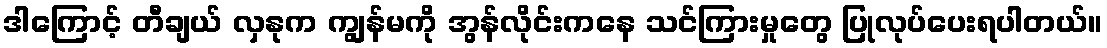
ဒါကြောင့် တီချယ် လှနုက ကျွန်မကို အွန်လိုင်းကနေ သင်ကြားမှုတွေ ပြုလုပ်ပေးရပါတယ်။